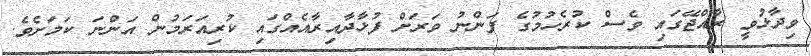
ވިދާޅުވީ ރާއްޖޭގައި ވެސް ކުރެހުމުގެ ފަންނު ވަރަށް ފުޅާދާއިރާއެއްގައި ކުރިއަރަމުން އަންނަ ކަމަށެވެ.